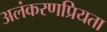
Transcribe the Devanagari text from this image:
अलंकरणप्रियता